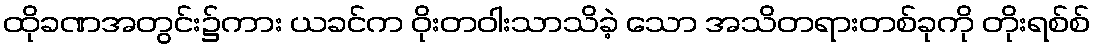
ထိုခဏအတွင်း၌ကား ယခင်က ဝိုးတဝါးသာသိခဲ့ သော အသိတရားတစ်ခုကို တိုးရစ်စ်